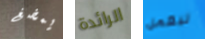
يمضغ الرائدة ليعمل